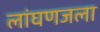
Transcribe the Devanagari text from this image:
लांघणजला